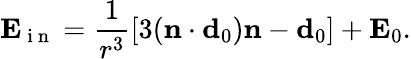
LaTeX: \mathbf{E}_{\mathrm{~i~n~}}=\frac{1}{r^{3}}[3(\mathbf{n}\cdot\mathbf{d}_{0})\mathbf{n}-\mathbf{d}_{0}]+\mathbf{E}_{0}.